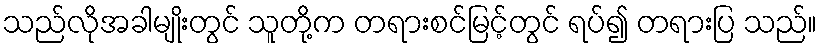
သည်လိုအခါမျိုးတွင် သူတို့က တရားစင်မြင့်တွင် ရပ်၍ တရားပြ သည်။